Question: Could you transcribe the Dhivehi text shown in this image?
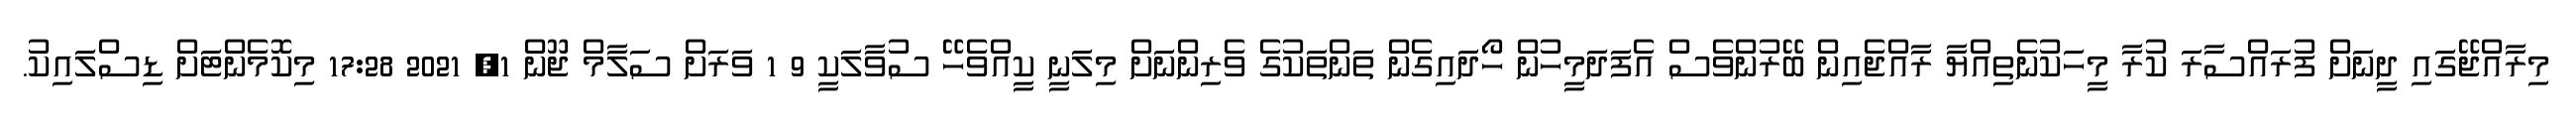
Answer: މިރާއްޖޭގައި ދީނަށް ފުރައްސާރަ ކުރާ މީހަކުނެތިއްޔާ ރާއްޖެއިން ބޭރުންވެސް އެފަދަމީހުން ހޯދައިގެން ތަންތަކުގެ ވެރިންނަށް މިލަނީ ކީއްވެހޭ ސުވާލަކީ 9 1 ވަރަށް ސަލާމް ޖޫން 1, 2021 17:28 މިކޮމެންޓަށް ޑިސްލައިކު.